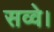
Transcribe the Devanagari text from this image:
सव्वे।